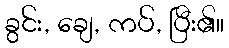
ခွင်း, ချေ, ကပ်, ပြီး၏။